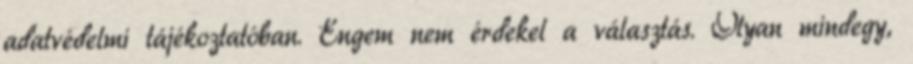
adatvédelmi tájékoztatóban. Engem nem érdekel a választás. Olyan mindegy,